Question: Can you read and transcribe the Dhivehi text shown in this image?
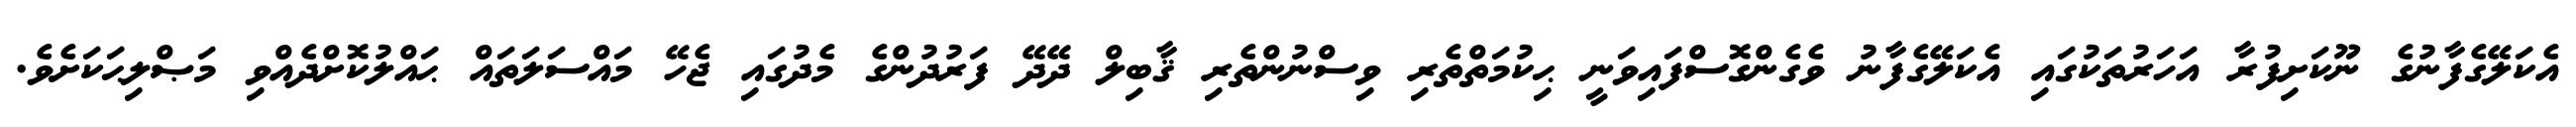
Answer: އެކަލޭގެފާނުގެ ނޫކަށިފުރާ އަހަރުތަކުގައި އެކަލޭގެފާނު ވެގެންގޮސްފައިވަނީ ޙިކުމަތްތެރި ވިސްނުންތެރި ޤާބިލް ދޭދޭ ފަރުދުންގެ މެދުގައި ޖެހޭ މައްސަލަތައް ޙައްލުކޮށްދެއްވި މަޞްލިޙަކަށެވެ.